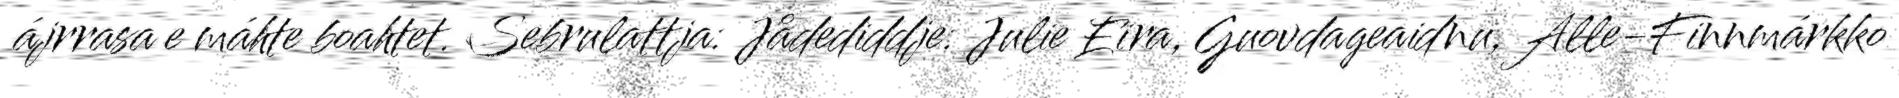
ájrrasa e máhte boahtet. Sebrulattja: Jådediddje: Julie Eira, Guovdageaidnu, Alle-Finnmárkko